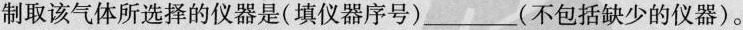
制取该气体所选择的仪器是(填仪器序号)___(不包括缺少的仪器)。